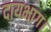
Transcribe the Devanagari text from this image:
दायभाग।